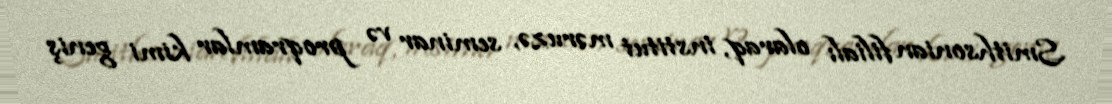
Smithsonian filialı olaraq, institut məruzə, seminar və proqramlar kimi geniş